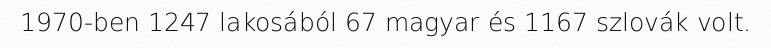
1970-ben 1247 lakosából 67 magyar és 1167 szlovák volt.